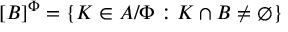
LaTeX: [ B ] ^ { \Phi } = \{ K \in A / \Phi : K \cap B \neq \emptyset \}